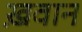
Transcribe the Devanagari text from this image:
ख़वान